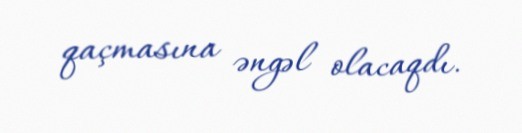
qaçmasına əngəl olacaqdı.